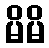
မိမိ